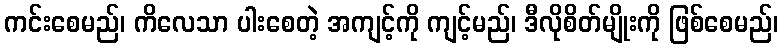
ကင်းစေမည်၊ ကိလေသာ ပါးစေတဲ့ အကျင့်ကို ကျင့်မည်၊ ဒီလိုစိတ်မျိုးကို ဖြစ်စေမည်၊